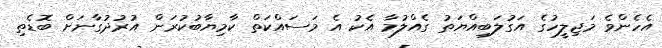
އެހެންވެ މަޖިލީހުގެ އަގުލަބިއްޔަތު ގެއްލުމާ އެކު އެ މަސައްކަތް ކާމިޔާބުކުރަން އުރުދުގާނަށް ބޮޑެތި